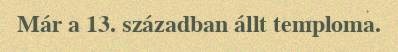
Már a 13. században állt temploma.